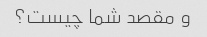
و مقصد شما چیست؟